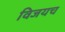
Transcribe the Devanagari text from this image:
विजयच